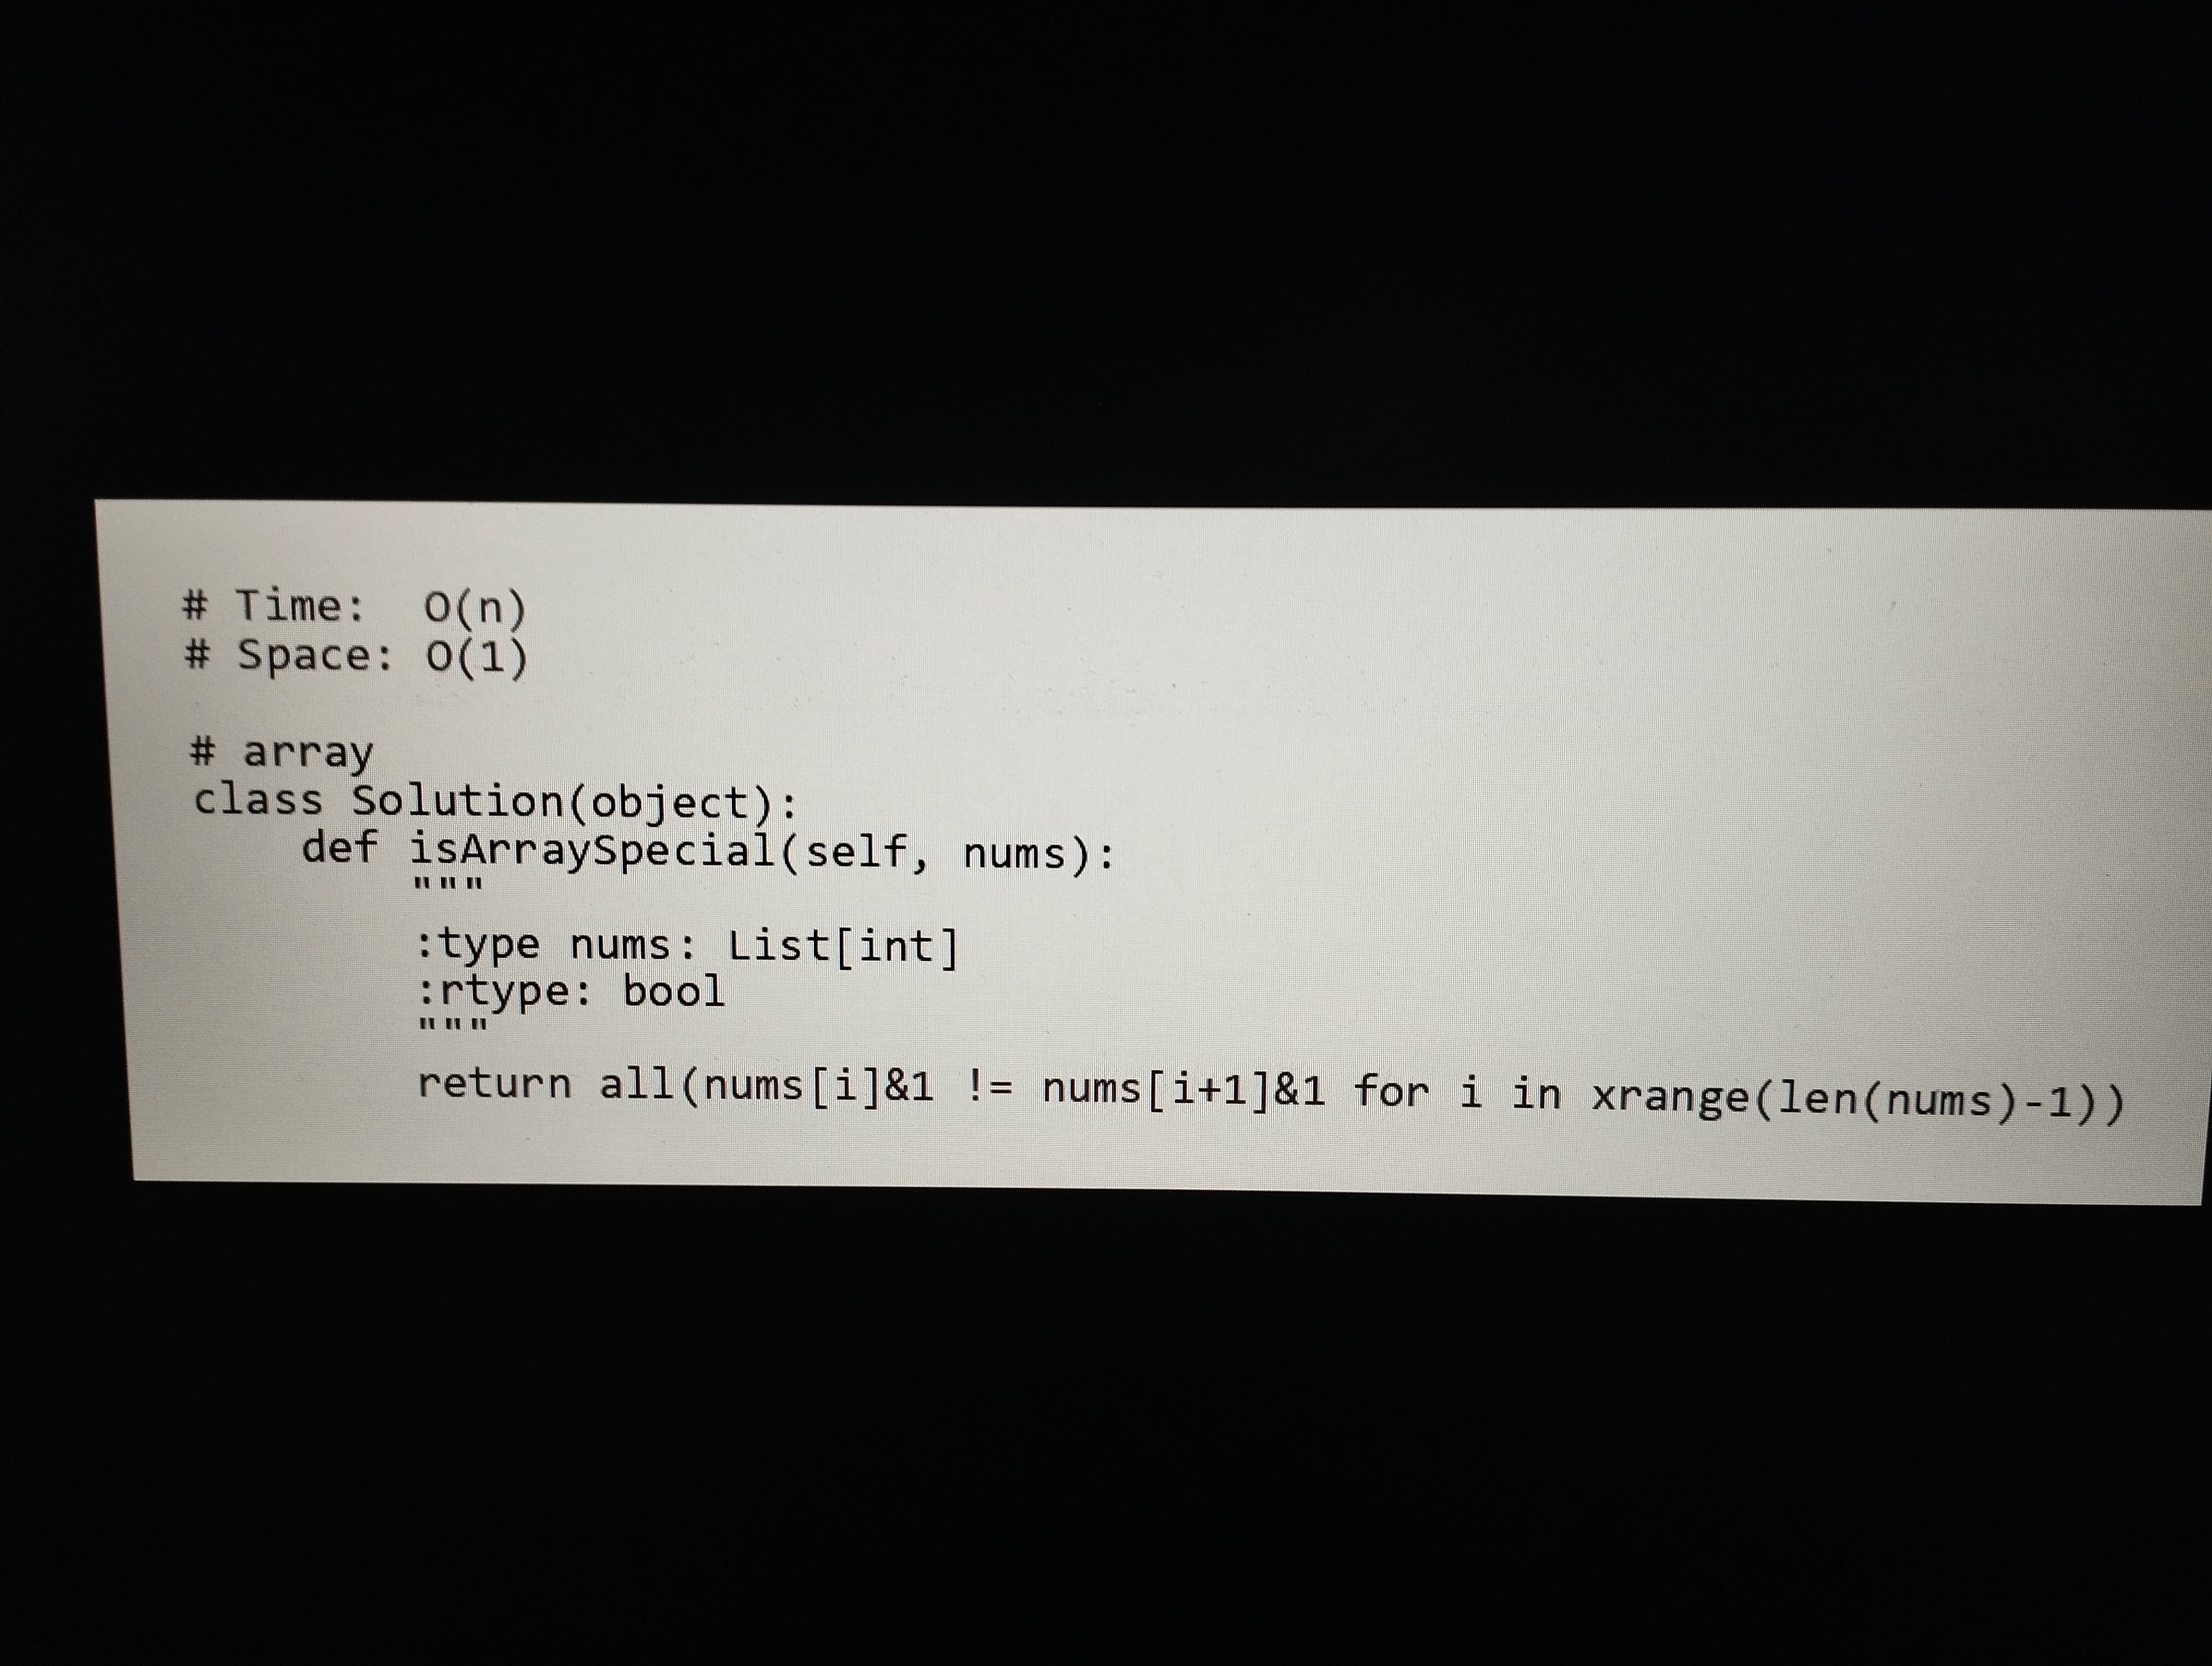
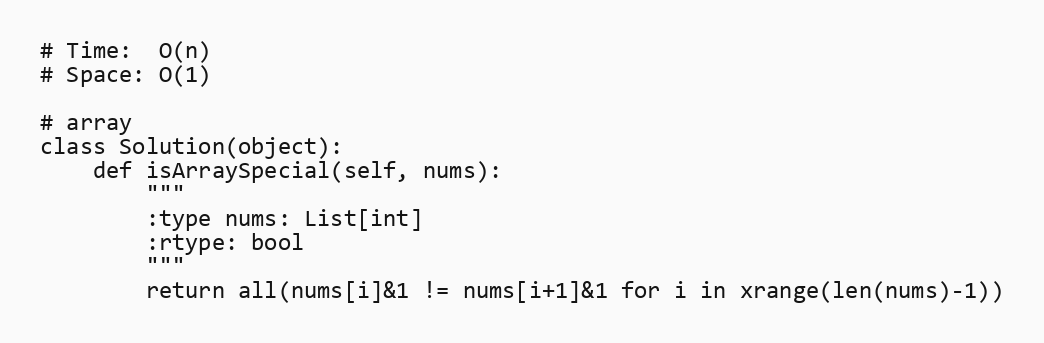
# Time:  O(n)
# Space: O(1)

# array
class Solution(object):
    def isArraySpecial(self, nums):
        """
        :type nums: List[int]
        :rtype: bool
        """
        return all(nums[i]&1 != nums[i+1]&1 for i in xrange(len(nums)-1))